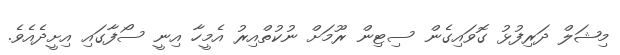
މިޝަލް ދަރިފުޅު ގޮވައިގެން ސިޓިން ރޫމަށް ނުކުތްއިރު އެމީހާ އިނީ ސޯފާގައި އިށީދެއެވެ.